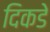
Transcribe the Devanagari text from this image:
दिकडे